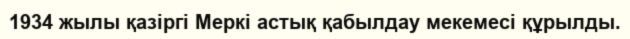
1934 жылы қазіргі Меркі астық қабылдау мекемесі құрылды.